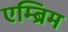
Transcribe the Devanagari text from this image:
एम्ब्रिम